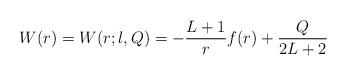
LaTeX: \begin{align*} W(r) = W(r;l,Q) = - \frac{L+1}{r} f(r) + \frac{Q}{2L+2}\end{align*}